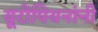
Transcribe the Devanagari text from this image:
यूरोपियनांनी